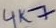
Text: 4K7